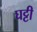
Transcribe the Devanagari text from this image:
घट्टी